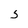
Character: S